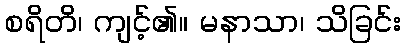
စရိတိ၊ ကျင့်၏။ မနာသာ၊ သိခြင်း